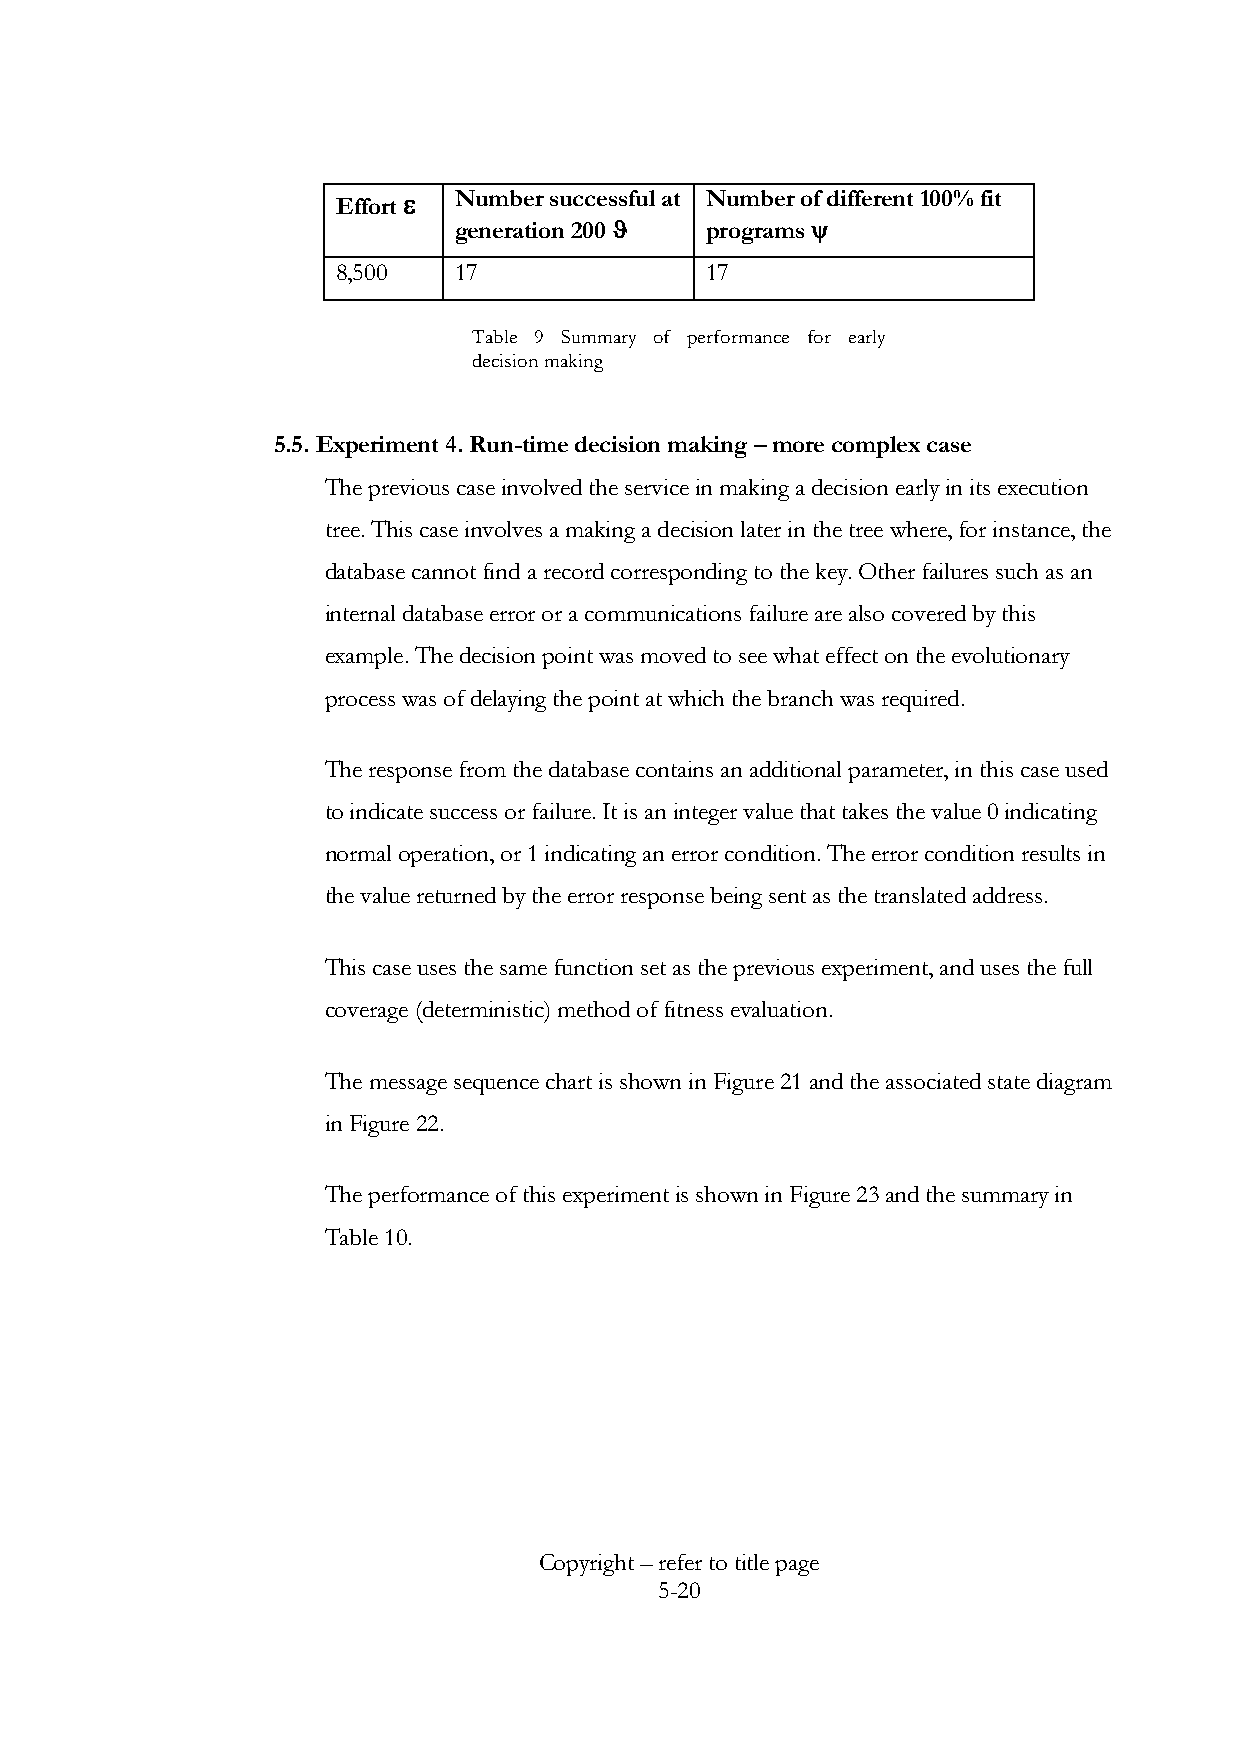
Effort e Number successful at Number of different 100% fit
 generation 200 J programs y
 8,500   17               17
 Table 9 Summary of performance for early
 decision making
 5.5. Experiment 4. Run-time decision making – more complex case
 The previous case involved the service in making a decision early in its execution
 tree. This case involves a making a decision later in the tree where, for instance, the
 database cannot find a record corresponding to the key. Other failures such as an
 internal database error or a communications failure are also covered by this
 example. The decision point was moved to see what effect on the evolutionary
 process was of delaying the point at which the branch was required.
 The response from the database contains an additional parameter, in this case used
 to indicate success or failure. It is an integer value that takes the value 0 indicating
 normal operation, or 1 indicating an error condition. The error condition results in
 the value returned by the error response being sent as the translated address.
 This case uses the same function set as the previous experiment, and uses the full
 coverage (deterministic) method of fitness evaluation.
 The message sequence chart is shown in Figure 21 and the associated state diagram
 in Figure 22.
 The performance of this experiment is shown in Figure 23 and the summary in
 Table 10.
 Copyright – refer to title page
 5-20